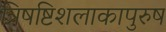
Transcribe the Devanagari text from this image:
त्रिषष्टिशलाकापुरुष